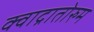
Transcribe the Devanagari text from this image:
क्वाद्रातोरुम